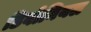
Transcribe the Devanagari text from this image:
डिवोनियल